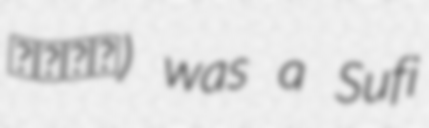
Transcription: فقير) was a Sufi